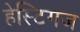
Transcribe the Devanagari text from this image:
हेस्टिगज